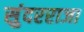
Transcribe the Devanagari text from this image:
सुंदरराजा